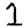
Digit: 1